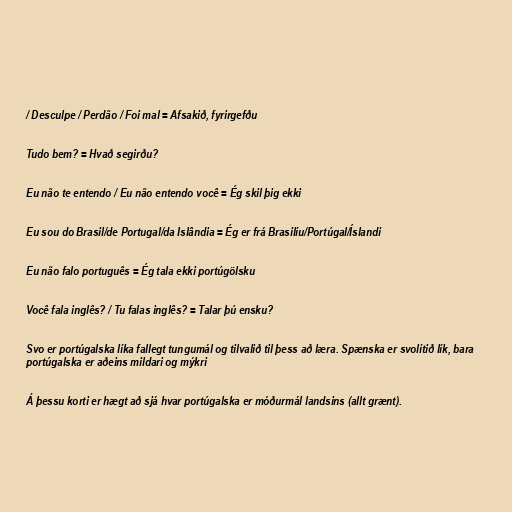
/ Desculpe / Perdão / Foi mal = Afsakið, fyrirgefðu

Tudo bem? = Hvað segirðu?

Eu não te entendo / Eu não entendo você = Ég skil þig ekki

Eu sou do Brasil/de Portugal/da Islândia = Ég er frá Brasilíu/Portúgal/Íslandi

Eu não falo português = Ég tala ekki portúgölsku

Você fala inglês? / Tu falas inglês? = Talar þú ensku?

Svo er portúgalska líka fallegt tungumál og tilvalið til þess að læra. Spænska er svolítið lík, bara
portúgalska er aðeins mildari og mýkri

Á þessu korti er hægt að sjá hvar portúgalska er móðurmál landsins (allt grænt).